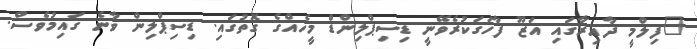
"ފިލްމީ ދާއިރާގައި އަޒޫ ފާހަގަކުރެވޭނީ ޑިސިޕްލިންޑް މީހެއްގެ ގޮތުގައި. ޑިސިޕްލިން ވާނެ ގައިމުވެސް.